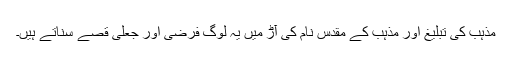
مذہب کی تبلیغ اور مذہب کے مقدس نام کی آڑ میں یہ لوگ فرضی اور جعلی قصے سناتے ہیں۔